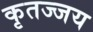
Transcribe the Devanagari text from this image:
कृतज्जय